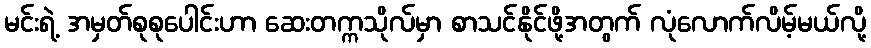
မင်းရဲ့ အမှတ်စုစုပေါင်းဟာ ဆေးတက္ကသိုလ်မှာ စာသင်နိုင်ဖို့အတွက် လုံလောက်လိမ့်မယ်လို့